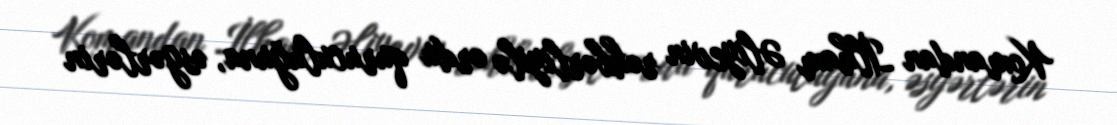
Komandan İlham Əliyevin rəhbərliyilə ordu quruculuğuna, əsgərlərin